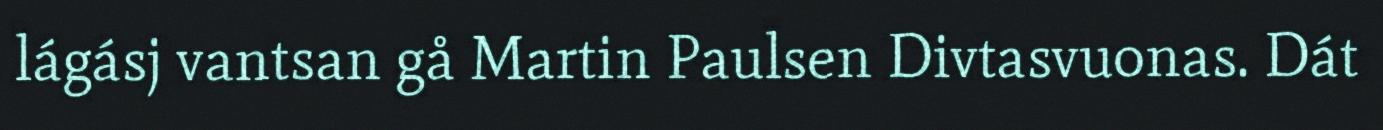
lágásj vantsan gå Martin Paulsen Divtasvuonas. Dát